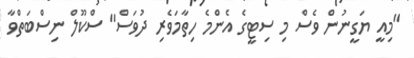
"މިއީ ޔަގީނުން ވެސް މި ސިޓީގެ އެންމެ ހިތާމަވެރި ދުވަސް" ސްކޫލް ނިސްބަތްވާ